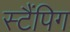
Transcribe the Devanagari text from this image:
स्टैंपिग